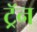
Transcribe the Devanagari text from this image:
ट्रॅन